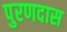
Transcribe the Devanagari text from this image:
पुरणदास